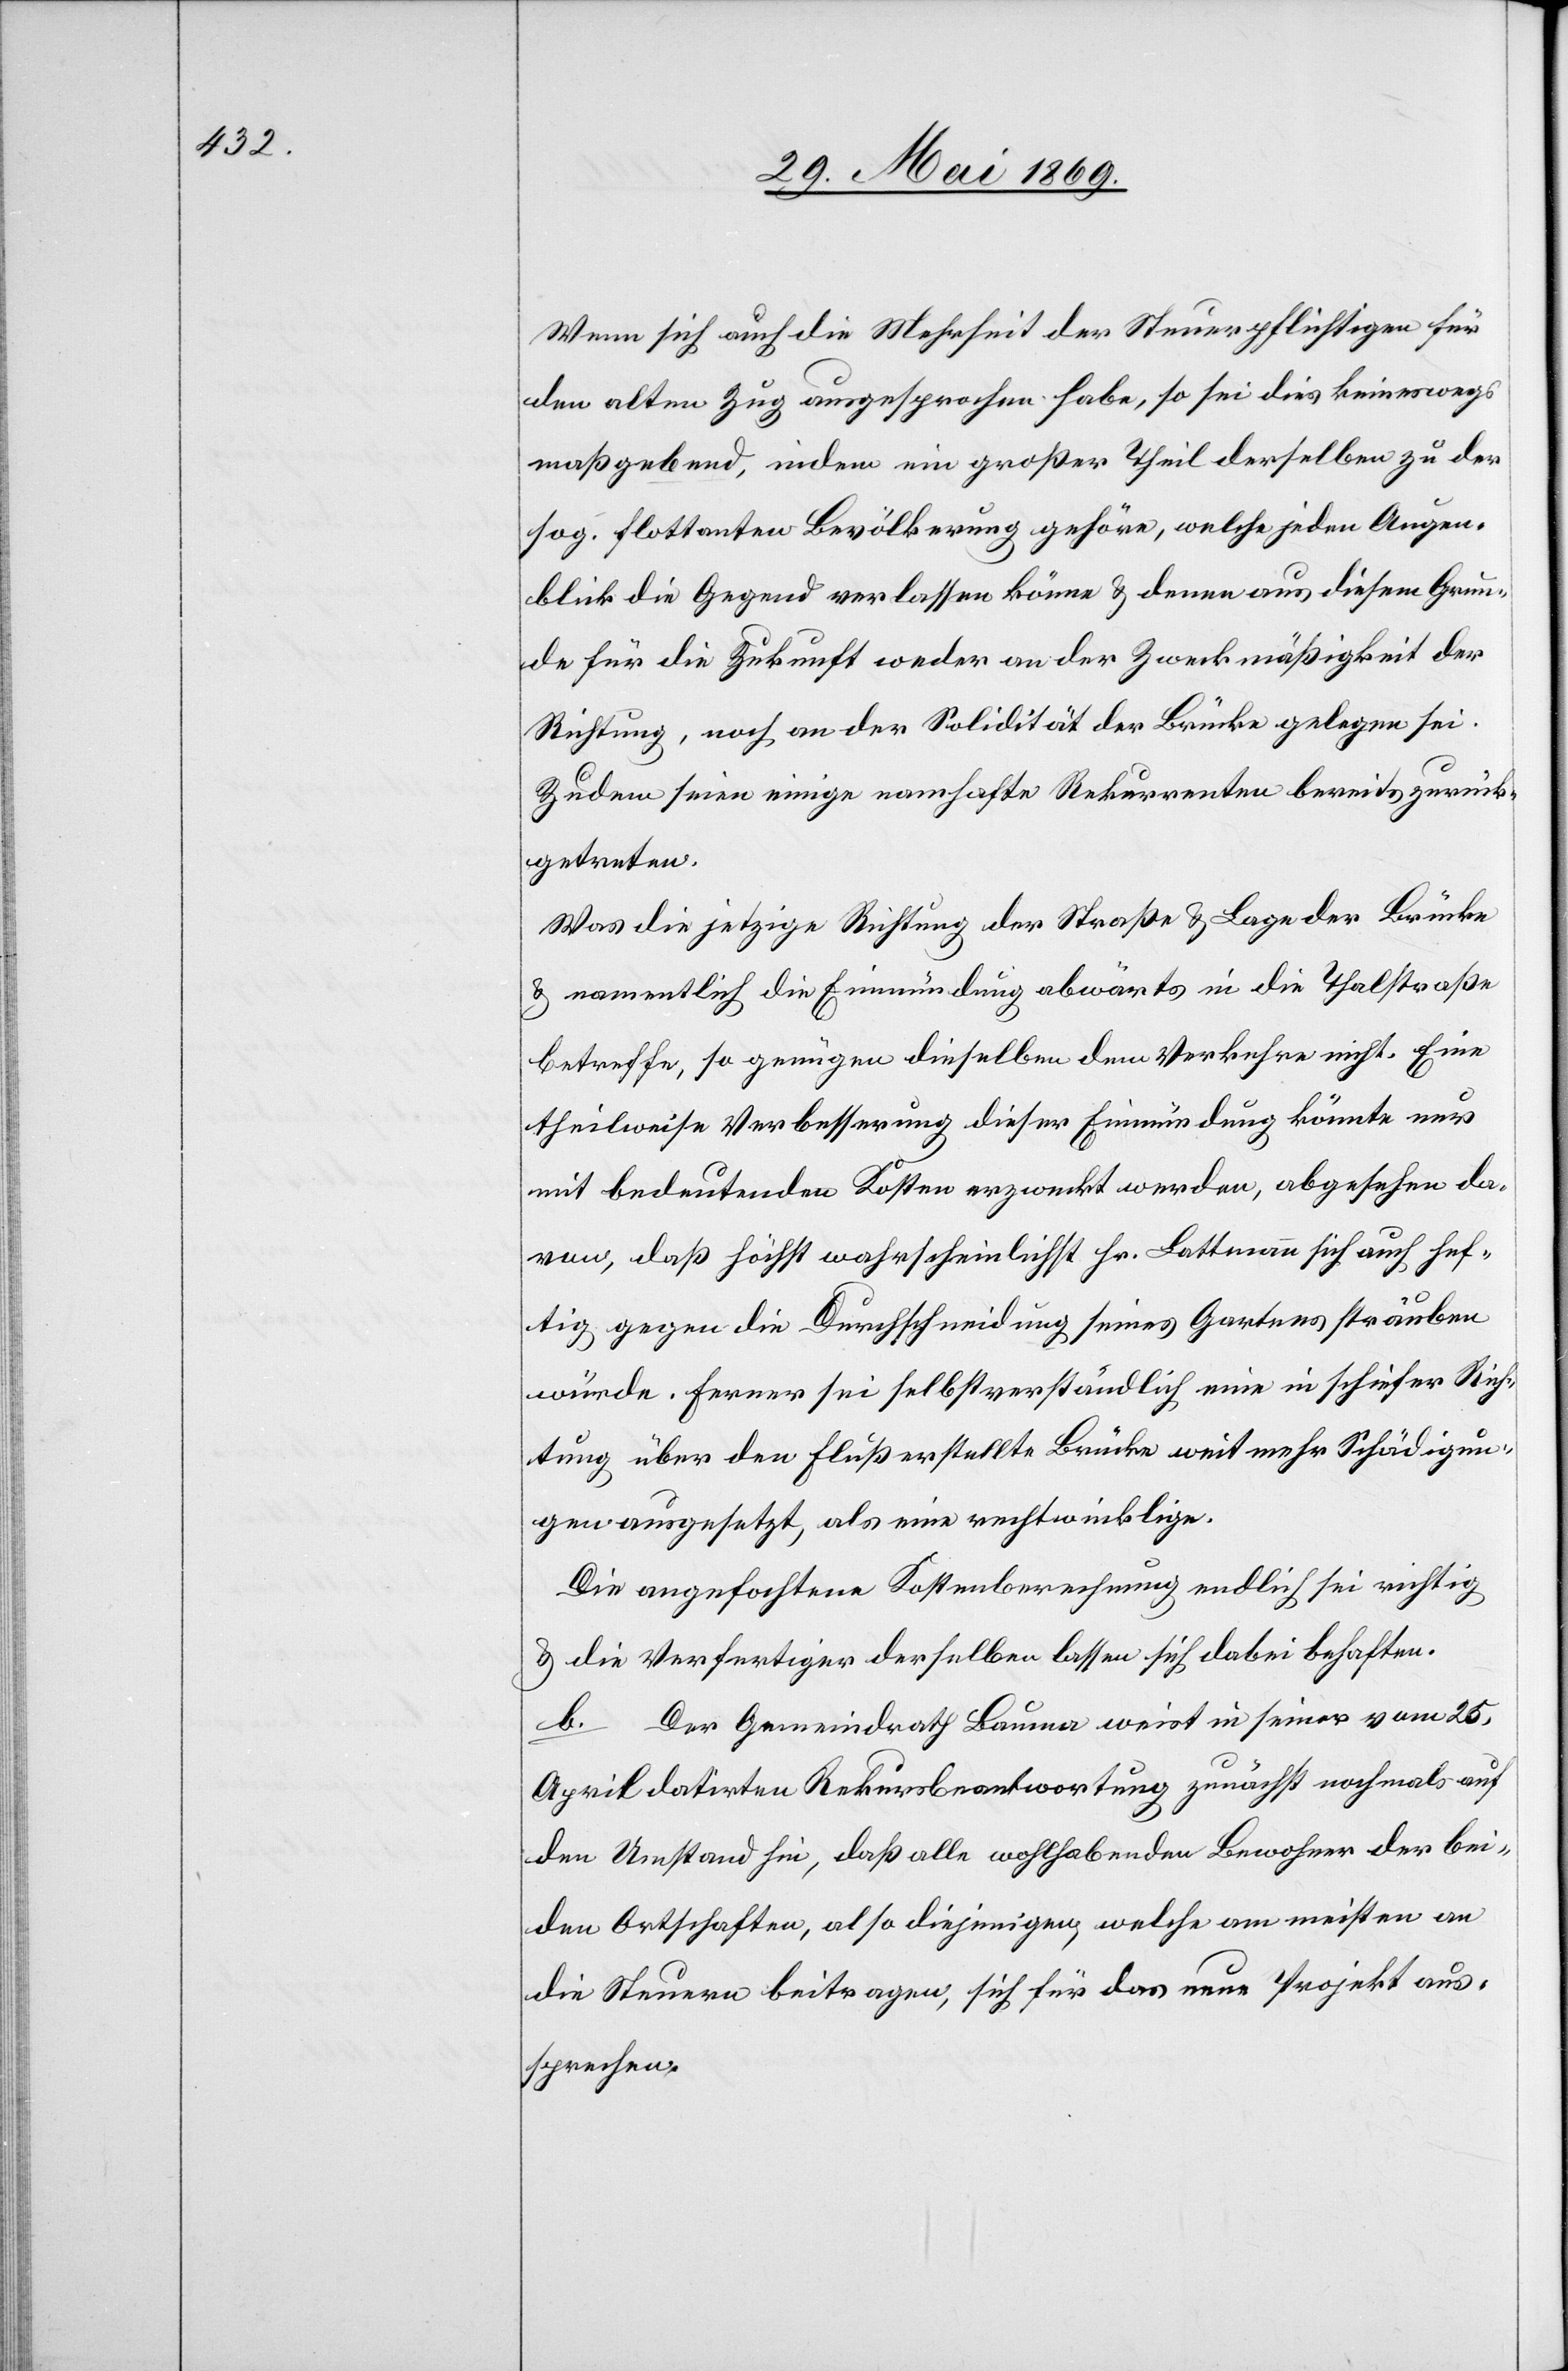
Wenn sich auch die Mehrheit der Steuerpflichtigen für
den alten Zug ausgesprochen habe, so sei dies keineswegs
maßgebend, indem ein großer Theil derselben zu der
sog. flottanten Bevölkerung gehöre, welche jeden Augen¬
blick die Gegend verlassen könne u. denen aus diesem Grun¬
de für die Zukunft weder an der Zweckmäßigkeit der
Richtung, noch an der Solidität der Brücke gelegen sei.
Zudem seien einige namhafte Rekurrenten bereits zurück¬
getreten.
Was die jetzige Richtung der Straße u. Lage der Brücke
u. namentlich die Einmündung abwärts in die Thalstraße
betreffe, so genügen dieselben dem Verkehre nicht. Eine
theilweise Verbesserung dieser Einmündung könnte nur
mit bedeutenden Kosten erzweckt werden, abgesehen da¬
von, daß höchst wahrscheinlichst Hr. Lattmann sich auch hef¬
tig gegen die Durchschneidung seines Gartens sträuben
würde. Ferner sei selbstverständlich eine in schiefer Rich¬
tung über den Fluß erstellte Brücke weit mehr Schädigungen
ausgesetzt, als eine rechtwinklige.
Die angefochtene Kostenberechnung endlich sei richtig
u. die Verfertiger derselben lassen sich dabei behaften.
b. Der Gemeindrath Bauma weist in seiner vom 25.
April datirten Rekursbeantwortung zunächst nochmals auf
den Umstand hin, daß alle wohlhabenden Bewohner der bei¬
den Ortschaften, also diejenigen, welche am meisten an
die Steuern beitragen, sich für das neue Projekt aus¬
sprechen.